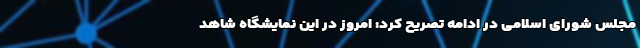
مجلس شورای اسلامی در ادامه تصریح کرد: امروز در این نمایشگاه شاهد